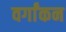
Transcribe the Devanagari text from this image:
वर्गांकन